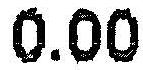
0.00